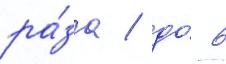
ра́за / до́ 6